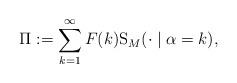
LaTeX: \begin{align*}\Pi:=\sum_{k=1}^{\infty}F(k)\mathrm{S}_{M}(\cdot\mid\alpha=k),\end{align*}